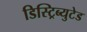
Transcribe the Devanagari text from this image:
डिस्ट्रिब्युटेड